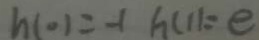
h ( 0 ) = - 1 h ( 1 ) = e